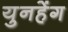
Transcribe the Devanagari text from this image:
युनहेंग